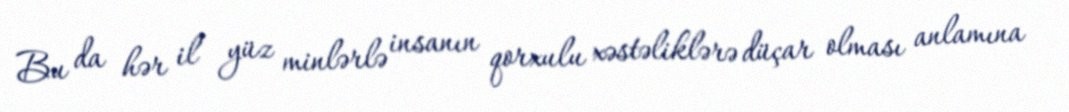
Bu da hər il yüz minlərlə insanın qorxulu xəstəliklərə düçar olması anlamına